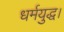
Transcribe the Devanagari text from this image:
धर्मयुद्ध।